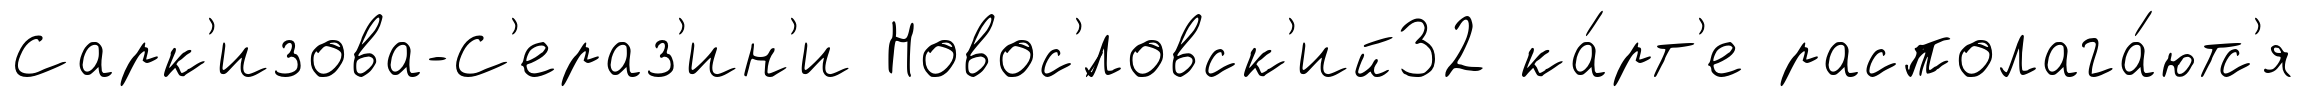
Сарк'изова-С'ераз'ин'и Новос'́ловск'ий32 ка́рт'е располага́ютс'я